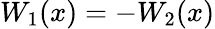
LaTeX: W_{1}(x)=-W_{2}(x)